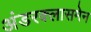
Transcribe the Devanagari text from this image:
अंडरक्लासमेन